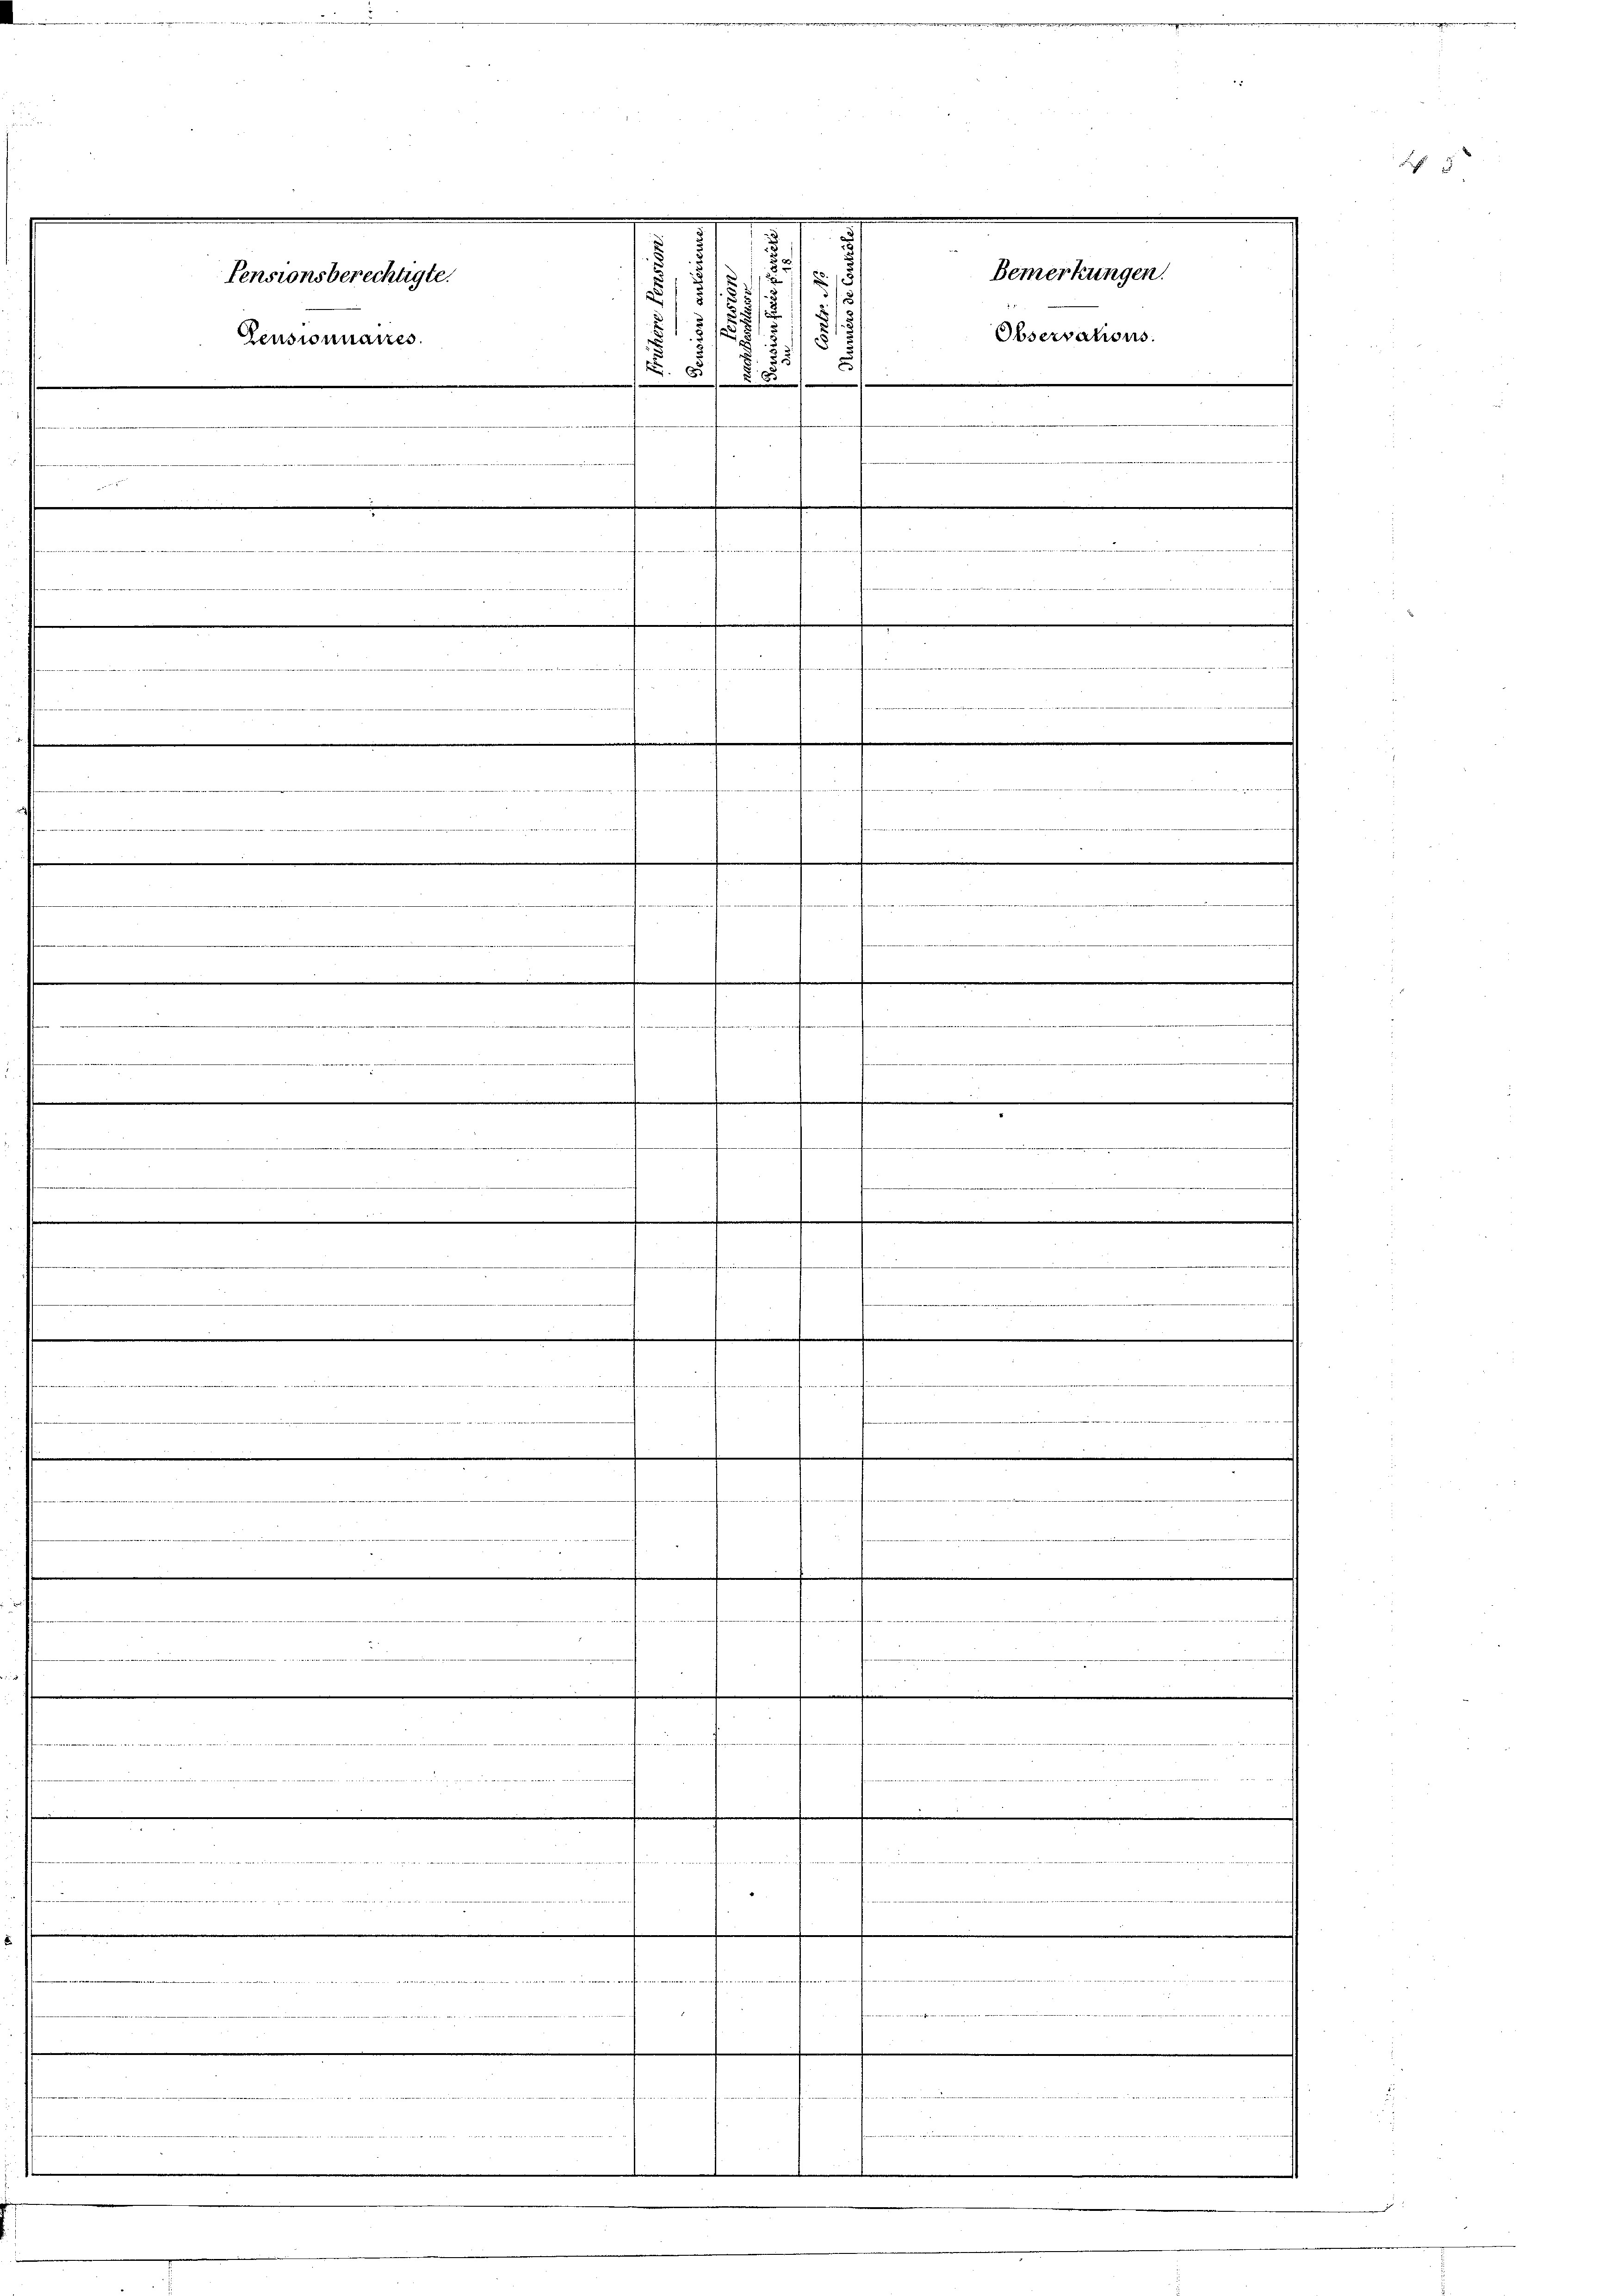
2
Bemerkungen.
Pensionsberechtigte.
2

g
Observators
2
Pensionnaires.
u
N. 8 / 885
.
one, wenn
.

.
.
e
.

.

-

—

.

.

.
.
.
e
.
.
.
 N. et
.
.
femm

in

f

.
x
ne an
......
iechen

it eine

vb. 121. 2. wird di

.
5
18
e

1
5
u

.

t Peter nach
e
 dir u. in die der anderen die die in ei
e
ette der